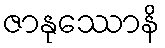
ဇာနုဿောနိ